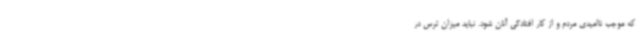
که موجب ناامیدی مردم و از کار افتادگی آنان شود. نباید میزان ترس در